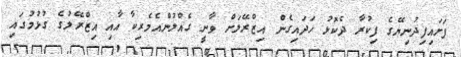
ފަށައިފިދުނިޔޭގެ ފިކުރާ ދެކޮޅު ހަދައިގެން އިޒްރޭލަށް ވާނީ ގެއްލުންއެމެރިކާ އާއި އިޒްރޭލުގެ ގުޅުމުގައި